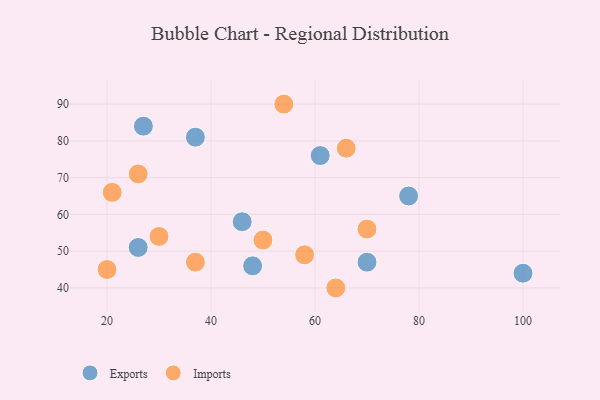
{"axis": {"x": "GDP", "y": "Life Expectancy"}, "legend": ["Exports", "Imports"], "data": [{"x": "37", "y": 81, "type": "Exports"}, {"x": "61", "y": 76, "type": "Exports"}, {"x": "48", "y": 46, "type": "Exports"}, {"x": "100", "y": 44, "type": "Exports"}, {"x": "46", "y": 58, "type": "Exports"}, {"x": "27", "y": 84, "type": "Exports"}, {"x": "26", "y": 51, "type": "Exports"}, {"x": "78", "y": 65, "type": "Exports"}, {"x": "70", "y": 47, "type": "Exports"}, {"x": "66", "y": 78, "type": "Imports"}, {"x": "26", "y": 71, "type": "Imports"}, {"x": "37", "y": 47, "type": "Imports"}, {"x": "30", "y": 54, "type": "Imports"}, {"x": "20", "y": 45, "type": "Imports"}, {"x": "21", "y": 66, "type": "Imports"}, {"x": "64", "y": 40, "type": "Imports"}, {"x": "70", "y": 56, "type": "Imports"}, {"x": "50", "y": 53, "type": "Imports"}, {"x": "54", "y": 90, "type": "Imports"}, {"x": "58", "y": 49, "type": "Imports"}]}